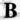
B